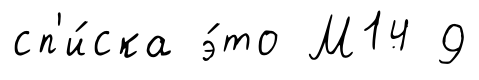
сп'и́ска э́то М14 9